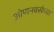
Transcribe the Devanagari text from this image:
ओणनवसेच्या